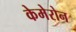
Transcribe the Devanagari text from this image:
केमेरोन